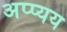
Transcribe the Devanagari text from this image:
अप्प्यय